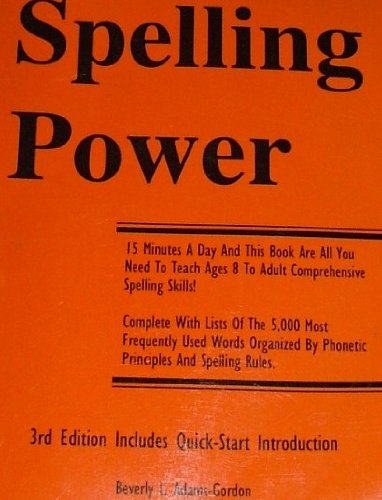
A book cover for Spelling Power 3rd Edition; Beverly L. Adams-Gordon; Reference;